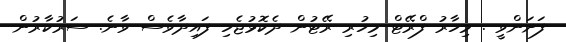
ފަށަންވީ . މިހާރު ފްރޭޓް މިހުރި ރޭޓުން ދެކޮޅުޖެހި ފައިދާވެސް ވާނެ. ސަރުކާރުން